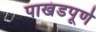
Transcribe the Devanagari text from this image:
पाखंडपूर्ण